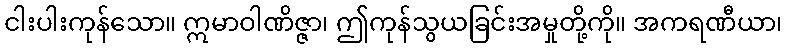
ငါးပါးကုန်သော။ ဣမာဝါဏိဇ္ဇာ၊ ဤကုန်သွယခြင်းအမှုတို့ကို။ အကရဏီယာ၊